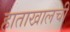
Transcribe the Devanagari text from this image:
हाताखालची